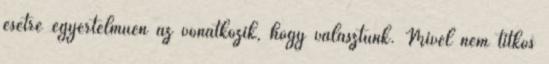
esetre egyértelműen az vonatkozik, hogy választunk. Mivel nem titkos